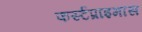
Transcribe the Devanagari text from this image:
फर्स्टप्राइमास